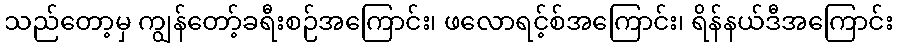
သည်တော့မှ ကျွန်တော့်ခရီးစဉ်အကြောင်း၊ ဖလောရင့်စ်အကြောင်း၊ ရိန်နယ်ဒီအကြောင်း